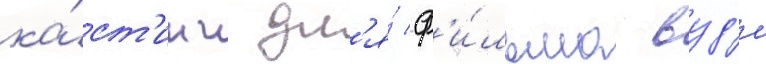
ка́ст'инг дл'я́ ф'и́льма вуд'и